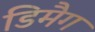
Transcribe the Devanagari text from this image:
डिमैग